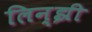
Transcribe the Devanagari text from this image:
लिन्झी